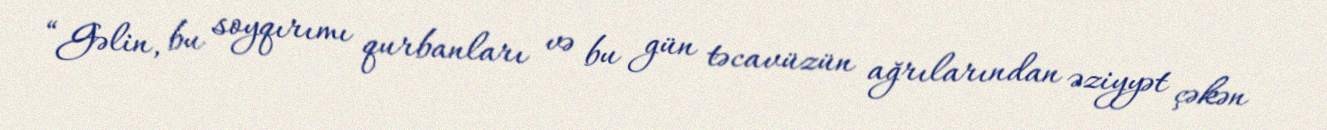
“Gəlin, bu soyqırımı qurbanları və bu gün təcavüzün ağrılarından əziyyət çəkən